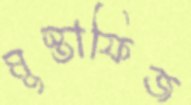
মুস্তাফিজ